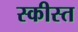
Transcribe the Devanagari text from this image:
स्कीस्त